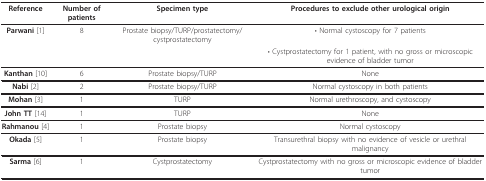
<table><thead><tr><td><b>Reference</b></td><td><b>Number of patients</b></td><td><b>Specimen type</b></td><td><b>Procedures to exclude other urological origin</b></td></tr></thead><tbody><tr><td><b>Parwani </b>[1]</td><td>8</td><td>Prostate biopsy/TURP/prostatectomy/cystprostatectomy</td><td>• Normal cystoscopy for 7 patients</td></tr><tr><td></td><td></td><td></td><td>• Cystprostatectomy for 1 patient, with no gross or microscopic evidence of bladder tumor</td></tr><tr><td><b>Kanthan </b>[10]</td><td>6</td><td>Prostate biopsy/TURP</td><td>None</td></tr><tr><td><b>Nabi </b>[2]</td><td>2</td><td>Prostate biopsy/TURP</td><td>Normal cystoscopy in both patients</td></tr><tr><td><b>Mohan </b>[3]</td><td>1</td><td>TURP</td><td>Normal urethroscopy, and cystoscopy</td></tr><tr><td><b>John TT </b>[14]</td><td>1</td><td>TURP</td><td>None</td></tr><tr><td><b>Rahmanou </b>[4]</td><td>1</td><td>Prostate biopsy</td><td>Normal cystoscopy</td></tr><tr><td><b>Okada </b>[5]</td><td>1</td><td>Prostate biopsy</td><td>Transurethral biopsy with no evidence of vesicle or urethral malignancy</td></tr><tr><td><b>Sarma </b>[6]</td><td>1</td><td>Cystprostatectomy</td><td>Cystprostatectomy with no gross or microscopic evidence of bladder tumor</td></tr></tbody></table>